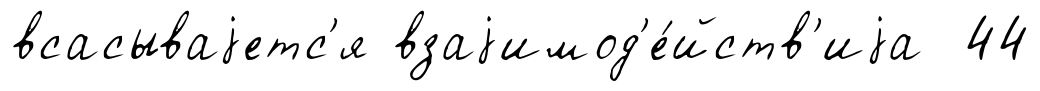
всасываjетс'я взаjимод'е́йств'иjа 44